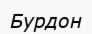
Бурдон